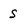
Character: s